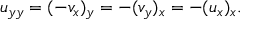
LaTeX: u _ { y y } = ( - v _ { x } ) _ { y } = - ( v _ { y } ) _ { x } = - ( u _ { x } ) _ { x } .